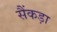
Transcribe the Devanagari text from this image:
सैंकड़ा